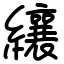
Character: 纕